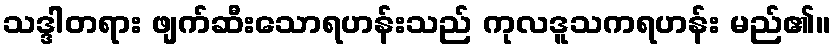
သဒ္ဒါတရား ဖျက်ဆီးသောရဟန်းသည် ကုလဒူသကရဟန်း မည်၏။